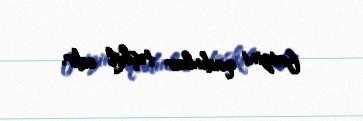
faizini qadınlar təşkil edir.